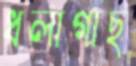
ধলাগাছ